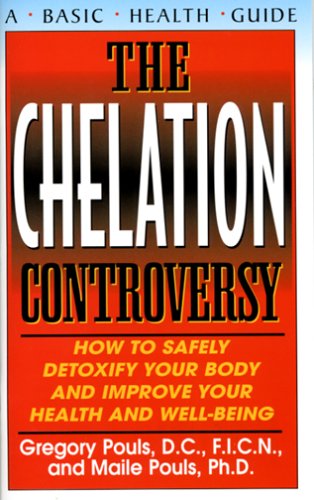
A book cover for The Chelation Controversy: How to Safely Detoxify Your Body; Gregory Pouls; Health, Fitness & Dieting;